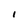
Character: I